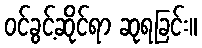
ဝင်ခွင့်ဆိုင်ရာ ဆုရခြင်း။